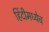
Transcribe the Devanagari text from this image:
हिंदीमध्येच